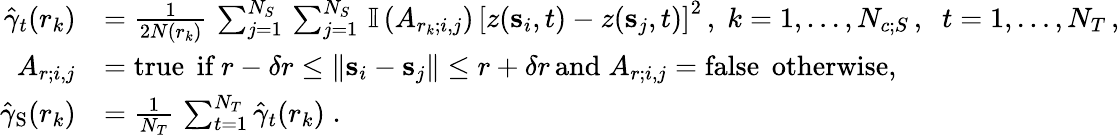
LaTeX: \begin{array}{rl}{\hat{\gamma}_{t}(r_{k})}&{=\frac{1}{2N(r_{k})}\, \sum_{j=1}^{N_{S}}\, \sum_{j=1}^{N_{S}}\, \mathbb{I}\left(A_{r_{k};i,j}\right)\, \left[z({\mathbf s}_{i},t)-z({\mathbf s}_{j},t)\right]^{2}\, ,\; k=1,\ldots,N_{c;S}\, ,\; \; t=1,\ldots,N_{T}\, ,}\\ {A_{r;i,j}}&{=\mathrm{true}\, \; \textrm{if}\; r-\delta r\le\lVert{\mathbf s}_{i}-{\mathbf s}_{j}\rVert\le r+\delta r\, \textrm{and}\; A_{r;i,j}=\mathrm{false}\, \; \textrm{otherwise},}\\ {\hat{\gamma}_{\mathrm{S}}(r_{k})}&{=\frac{1}{N_{T}}\, \sum_{t=1}^{N_{T}}\hat{\gamma}_{t}(r_{k})\; .}\end{array}